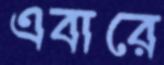
এবারে